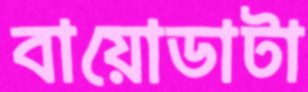
বায়োডাটা